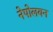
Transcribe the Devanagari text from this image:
नेपोलयन